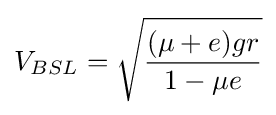
V_{BSL}={\sqrt {\frac {(\mu +e)gr}{1-\mu e}}}